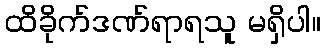
ထိခိုက်ဒဏ်ရာရသူ မရှိပါ။